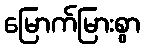
မြောက်မြားစွာ